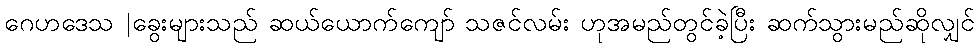
ဂေဟဒေသ |ခွေးများသည် ဆယ်ယောက်ကျော် သဇင်လမ်း ဟုအမည်တွင်ခဲ့ပြီး ဆက်သွားမည်ဆိုလျှင်